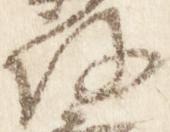
路